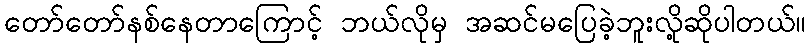
တော်တော်နစ်နေတာကြောင့် ဘယ်လိုမှ အဆင်မပြေခဲ့ဘူးလို့ဆိုပါတယ်။